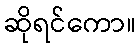
ဆိုရင်ကော။